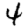
Digit: 4